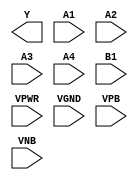
module sky130_fd_sc_hd__o41ai (
    Y   ,
    A1  ,
    A2  ,
    A3  ,
    A4  ,
    B1  ,
    VPWR,
    VGND,
    VPB ,
    VNB
);

    output Y   ;
    input  A1  ;
    input  A2  ;
    input  A3  ;
    input  A4  ;
    input  B1  ;
    input  VPWR;
    input  VGND;
    input  VPB ;
    input  VNB ;
endmodule